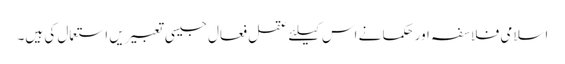
اسلامی فلاسفہ اور حکما نے اس کیلئے عقل فعال جیسی تعبیریں استعمال کی ہیں۔